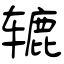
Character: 辘